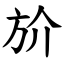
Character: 斺